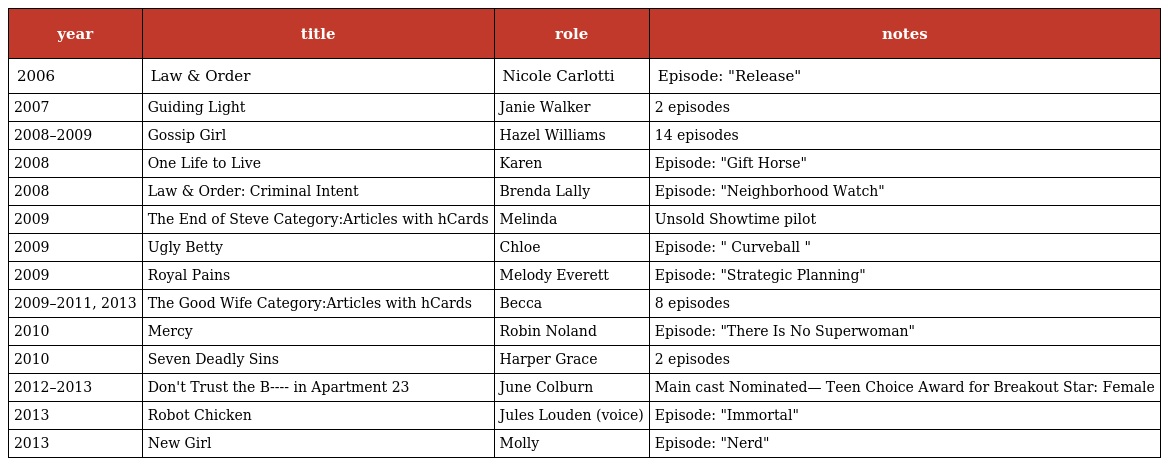
| year | title | role | notes |
 | --- | --- | --- | --- |
 | 2006 | Law & Order | Nicole Carlotti | Episode: "Release" |
 | 2007 | Guiding Light | Janie Walker | 2 episodes |
 | 2008–2009 | Gossip Girl | Hazel Williams | 14 episodes |
 | 2008 | One Life to Live | Karen | Episode: "Gift Horse" |
 | 2008 | Law & Order: Criminal Intent | Brenda Lally | Episode: "Neighborhood Watch" |
 | 2009 | The End of Steve Category:Articles with hCards | Melinda | Unsold Showtime pilot |
 | 2009 | Ugly Betty | Chloe | Episode: " Curveball " |
 | 2009 | Royal Pains | Melody Everett | Episode: "Strategic Planning" |
 | 2009–2011, 2013 | The Good Wife Category:Articles with hCards | Becca | 8 episodes |
 | 2010 | Mercy | Robin Noland | Episode: "There Is No Superwoman" |
 | 2010 | Seven Deadly Sins | Harper Grace | 2 episodes |
 | 2012–2013 | Don't Trust the B---- in Apartment 23 | June Colburn | Main cast Nominated— Teen Choice Award for Breakout Star: Female |
 | 2013 | Robot Chicken | Jules Louden (voice) | Episode: "Immortal" |
 | 2013 | New Girl | Molly | Episode: "Nerd" |